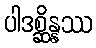
ပါဒစ္ဆိန္နဿ